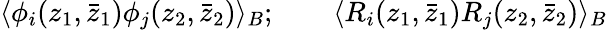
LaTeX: \langle\phi_{i}(z_{1},\bar{z}_{1})\phi_{j}(z_{2},\bar{z}_{2})\rangle_{B};\qquad\langle R_{i}(z_{1},\bar{z}_{1})R_{j}(z_{2},\bar{z}_{2})\rangle_{B}